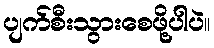
ပျက်စီးသွားစေဖို့ပါပဲ။